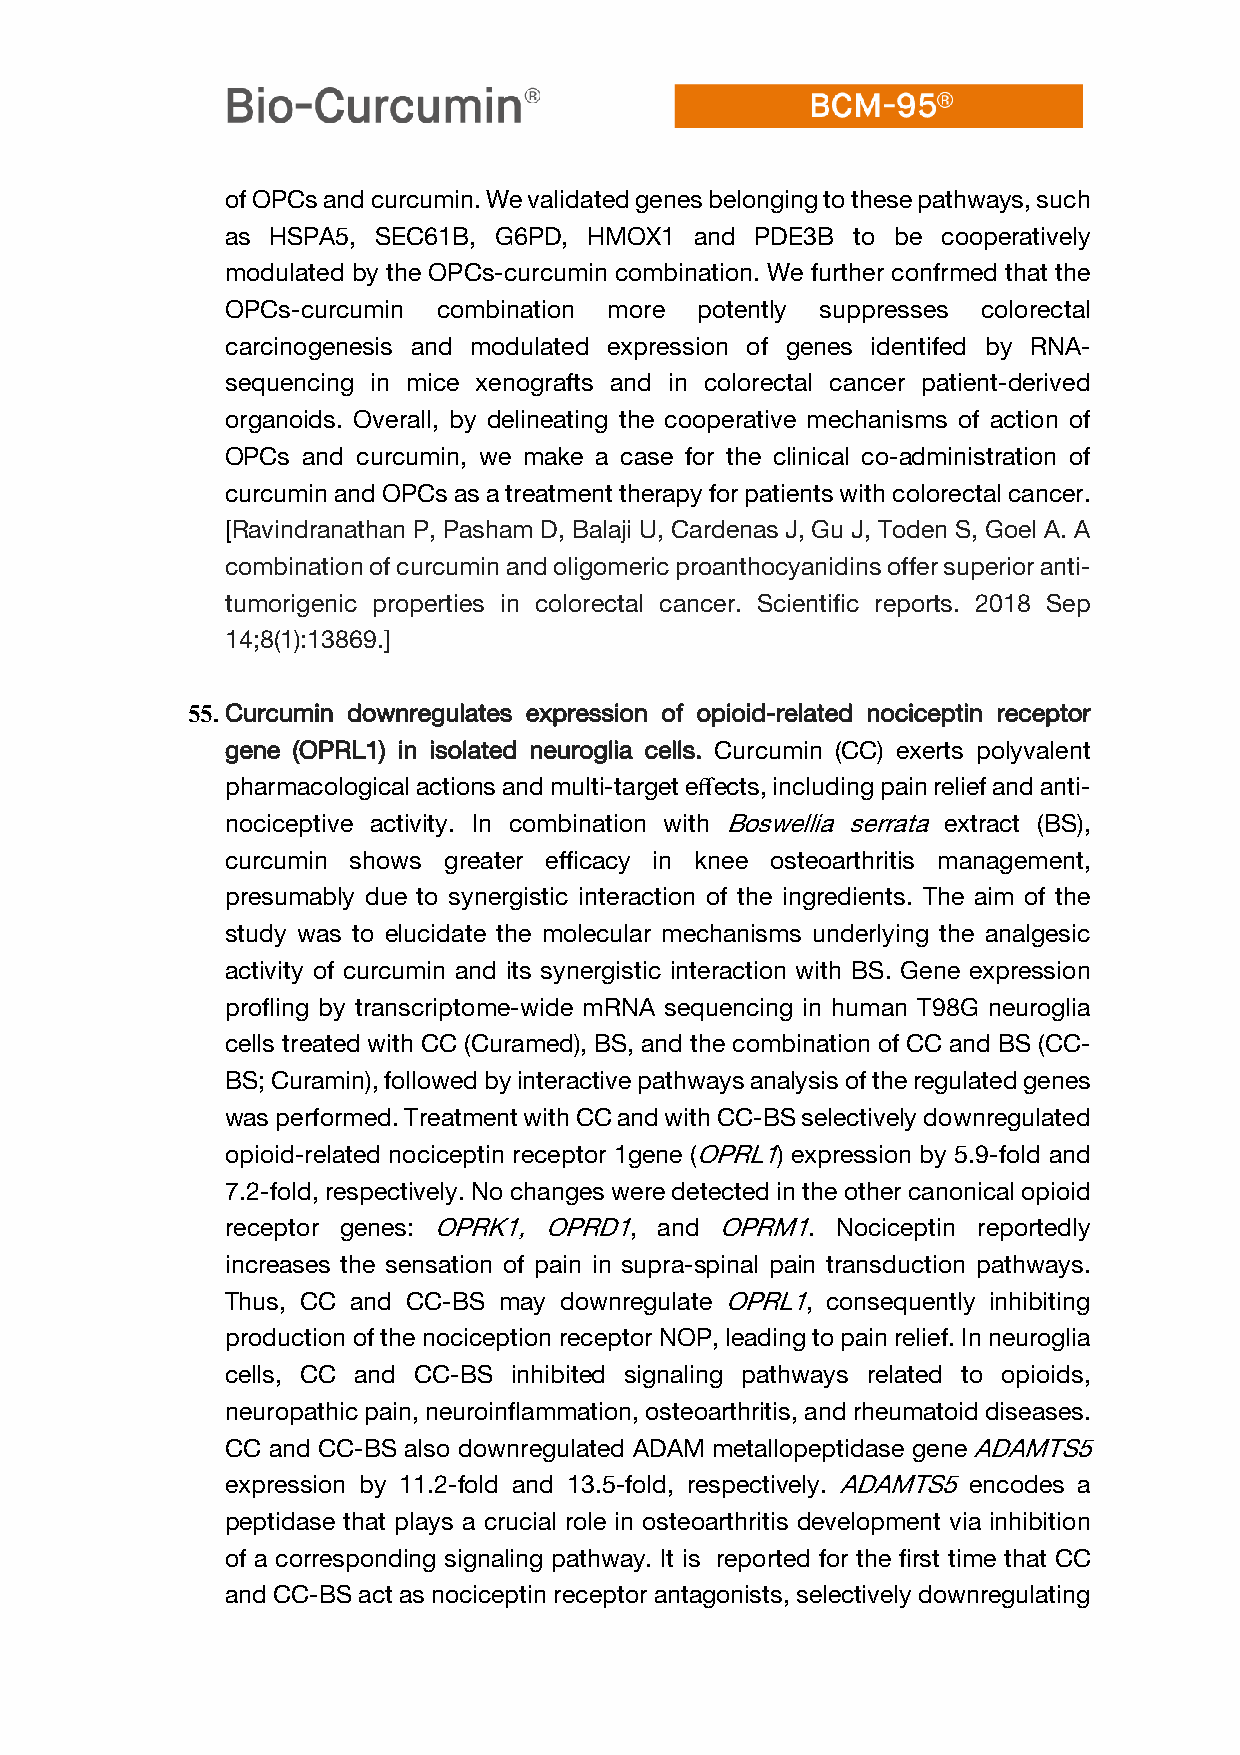
of OPCs and curcumin. We validated genes belonging to these pathways, such
 as HSPA5, SEC61B, G6PD, HMOX1  and PDE3B to be cooperatively
 modulated by the OPCs-curcumin combination. We further confrmed that the
 OPCs-curcumin combination more potently suppresses colorectal
 carcinogenesis and modulated expression of genes identifed by RNA-
 sequencing in mice xenografts and in colorectal cancer patient-derived
 organoids. Overall, by delineating the cooperative mechanisms of action of
 OPCs and curcumin, we make a case for the clinical co-administration of
 curcumin and OPCs as a treatment therapy for patients with colorectal cancer.
 [Ravindranathan P, Pasham D, Balaji U, Cardenas J, Gu J, Toden S, Goel A. A
 combination of curcumin and oligomeric proanthocyanidins offer superior anti-
 tumorigenic properties in colorectal cancer. Scientific reports. 2018 Sep
 14;8(1):13869.]
 55. Curcumin downregulates expression of opioid-related nociceptin receptor
 gene (OPRL1) in isolated neuroglia cells. Curcumin (CC) exerts polyvalent
 pharmacological actions and multi-target effects, including pain relief and anti-
 nociceptive activity. In combination with Boswellia serrata extract (BS),
 curcumin shows greater efficacy in knee osteoarthritis management,
 presumably due to synergistic interaction of the ingredients. The aim of the
 study was to elucidate the molecular mechanisms underlying the analgesic
 activity of curcumin and its synergistic interaction with BS. Gene expression
 profling by transcriptome-wide mRNA sequencing in human T98G neuroglia
 cells treated with CC (Curamed), BS, and the combination of CC and BS (CC-
 BS; Curamin), followed by interactive pathways analysis of the regulated genes
 was performed. Treatment with CC and with CC-BS selectively downregulated
 opioid-related nociceptin receptor 1gene (OPRL1) expression by 5.9-fold and
 7.2-fold, respectively. No changes were detected in the other canonical opioid
 receptor genes: OPRK1, OPRD1, and OPRM1. Nociceptin reportedly
 increases the sensation of pain in supra-spinal pain transduction pathways.
 Thus, CC and CC-BS may downregulate OPRL1, consequently inhibiting
 production of the nociception receptor NOP, leading to pain relief. In neuroglia
 cells, CC and CC-BS inhibited signaling pathways related to opioids,
 neuropathic pain, neuroinflammation, osteoarthritis, and rheumatoid diseases.
 CC and CC-BS also downregulated ADAM metallopeptidase gene ADAMTS5
 expression by 11.2-fold and 13.5-fold, respectively. ADAMTS5 encodes a
 peptidase that plays a crucial role in osteoarthritis development via inhibition
 of a corresponding signaling pathway. It is reported for the first time that CC
 and CC-BS act as nociceptin receptor antagonists, selectively downregulating